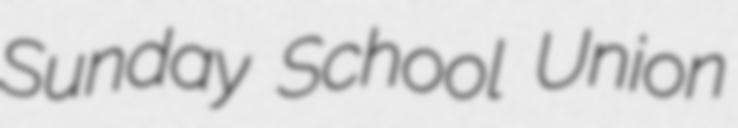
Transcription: Sunday School Union